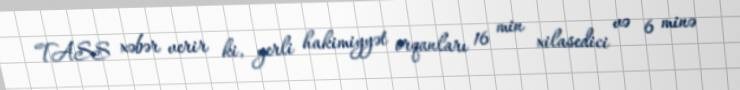
TASS xəbər verir ki, yerli hakimiyyət orqanları 16 min xilasedici və 6 minə